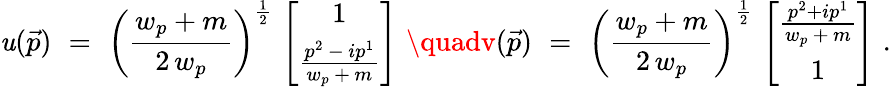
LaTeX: \mathit{u}(\vec{{p}})\, \, =\, \, \left(\frac{{w_{p}+m}}{{2\, w_{p}}}\right)^{\frac{{1}}{{2}}}\, \left[\begin{array}{c}{{1}}\\ {{\frac{p^{2}\, -\, ip^{1}}{w_{p}\, +\, m}}}\end{array}\right]\, \, \quadv(\vec{{p}})\, \, =\, \, \left(\frac{{w_{p}+m}}{{2\, w_{p}}}\right)^{\frac{{1}}{{2}}}\, \left[\begin{array}{c}{{\frac{p^{2}+ip^{1}}{w_{p}\, +\, m}}}\\ {{1}}\end{array}\right]\, \, .